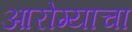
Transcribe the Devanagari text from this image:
आरोग्याचा